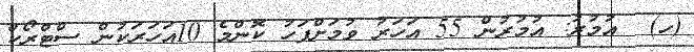
(ހ)  އުމުރު: އުމުރުން 55 އަހަރު ވުމަށްފަހު ކޮންމެ 10އަހަރަކުން ސްޓްރޯކް